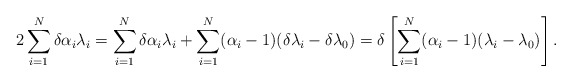
\begin{align*}2 \sum_{i=1}^{N} \delta \alpha_{i} \lambda_{i} = \sum_{i=1}^{N} \delta\alpha_{i} \lambda_{i} + \sum_{i=1}^{N} (\alpha_{i} - 1) ( \delta\lambda_{i} - \delta \lambda_{0}) =\delta \left[ \sum_{i=1}^{N} (\alpha_{i} -1)(\lambda_{i} -\lambda_{0})\right].\end{align*}